Indian journal of veterinary science and animal husbandry - Volumes 18-21, 1948-1951
Year: 1948
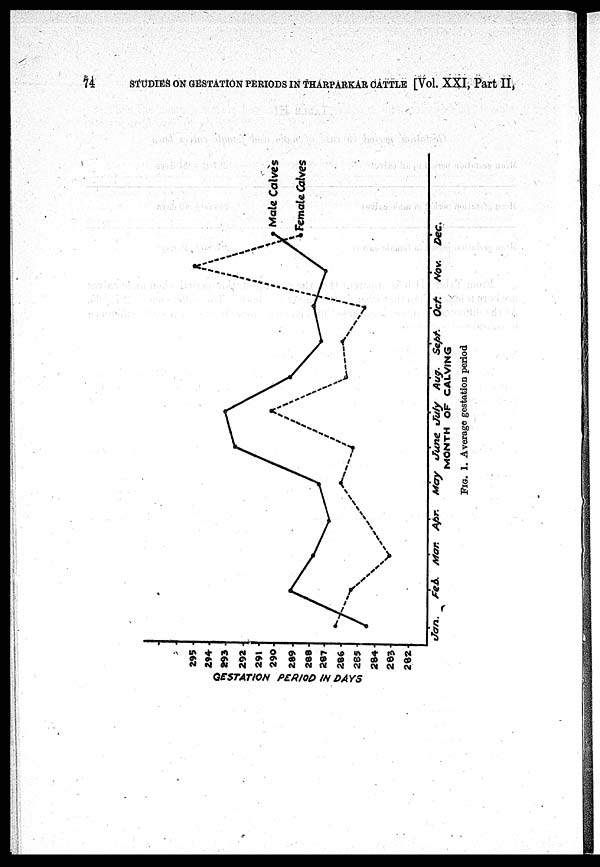
74
STUDIES ON GESTATION PERIODS IN THARPARKAR CATTLE [Vol. XXI, Part II,
FIG. 1. Average gestation period